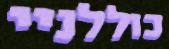
כוללניי